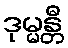
ဒုမ္မန္တီ